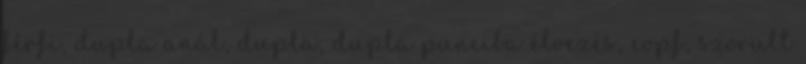
férfi, dupla anál, dupla, dupla punciba élvezés, copf, szorult